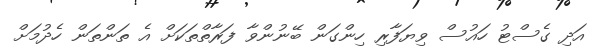
އަދި ގެސްޓު ހައުސް ވިޔަފާރިި ހިންގަން ބޭނުންވާ ފަރާތްތަކަށް އެ ތަންތަން ހެދުމަށް